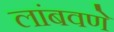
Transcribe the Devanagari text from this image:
लांबवणे